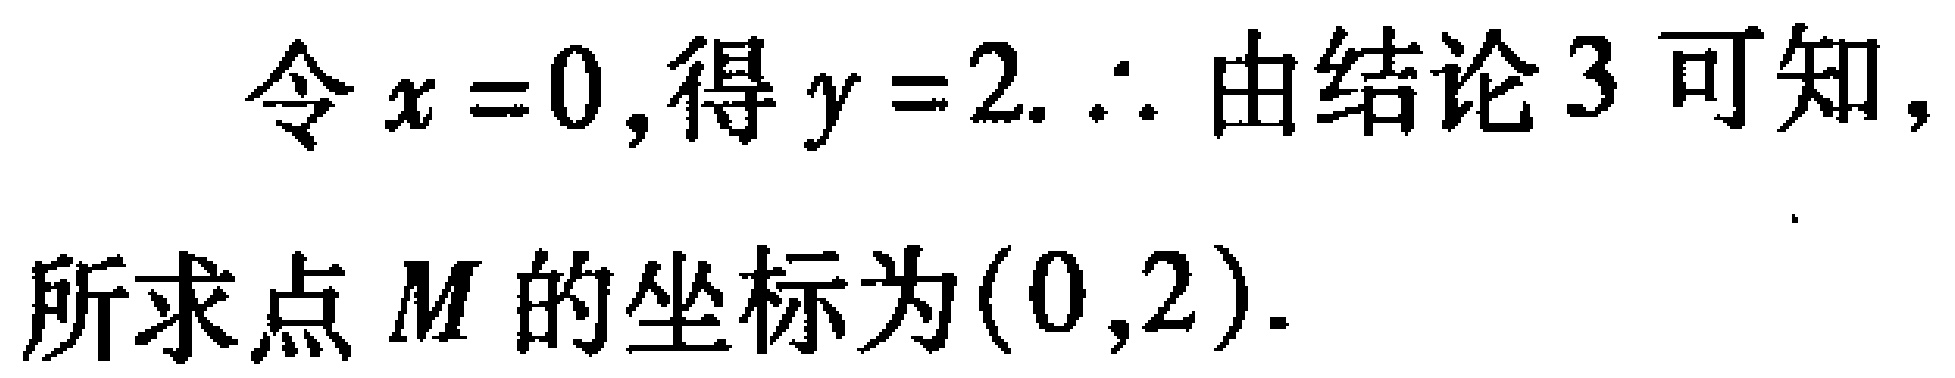
令\(x = 0\),得\(y = 2.\therefore\) 由结论\(3\)可知，所求点\(M\)的坐标为\((0,2)\).